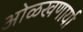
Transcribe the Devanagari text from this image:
ओळखणार्या